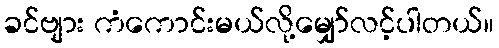
ခင်ဗျား ကံကောင်းမယ်လို့မျှော်လင့်ပါတယ်။